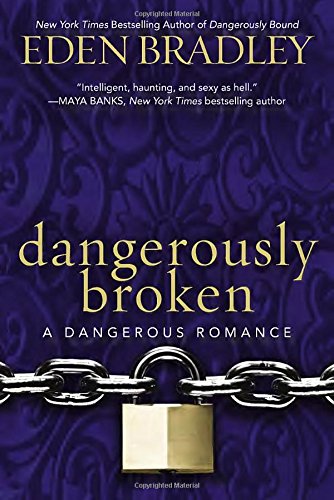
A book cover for Dangerously Broken (A Dangerous Romance); Eden Bradley; Romance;